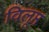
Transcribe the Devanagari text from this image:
विलूप्त